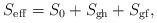
LaTeX: \begin{align*}S_{\rm eff}=S_0+S_{\rm gh}+S_{\rm gf}, \end{align*}